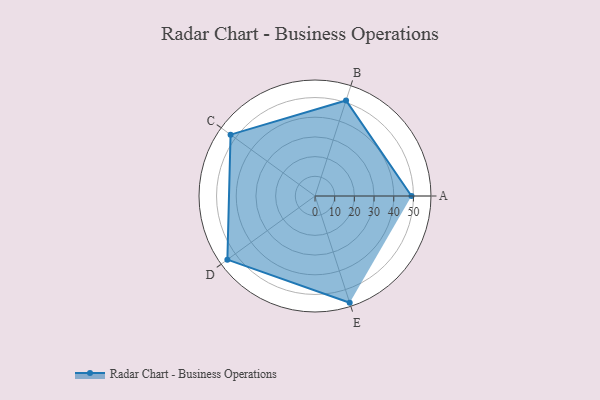
{"axis": {"x": "Skill", "y": "Score"}, "legend": ["Profile"], "data": [{"x": "A", "y": 49.0, "type": "Profile"}, {"x": "B", "y": 51.0, "type": "Profile"}, {"x": "C", "y": 53.0, "type": "Profile"}, {"x": "D", "y": 55.0, "type": "Profile"}, {"x": "E", "y": 57.0, "type": "Profile"}]}